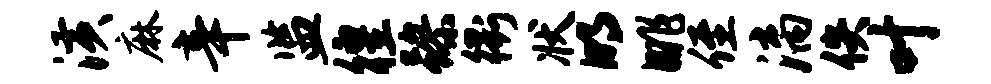
潢麻辛监徨躁衢状明眺侄漓佚叶